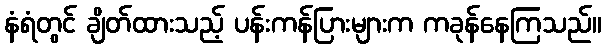
နံရံတွင် ချိတ်ထားသည့် ပန်းကန်ပြားများက ကခုန်နေကြသည်။